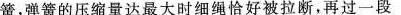
簧，弹簧的压缩量达最大时细绳恰好被拉断，再过一段